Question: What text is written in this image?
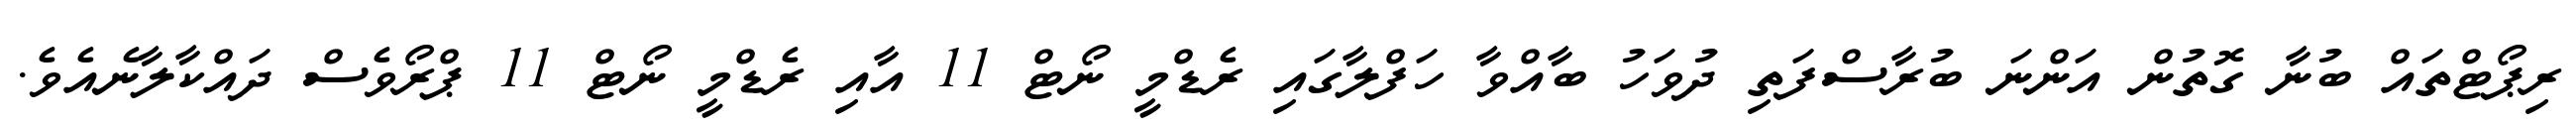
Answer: ރިޕޯޓްތައް ބުނާ ގޮތުން އަންނަ ބުރާސްފަތި ދުވަހު ބާއްވާ ހަފްލާގައި ރެޑްމީ ނޯޓް 11 އާއި ރެޑްމީ ނޯޓް 11 ޕްރޯވެސް ދައްކާލާނެއެވެ.